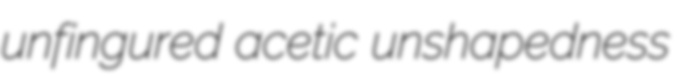
unfingured acetic unshapedness